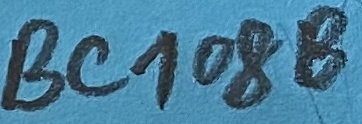
Text: BC108B